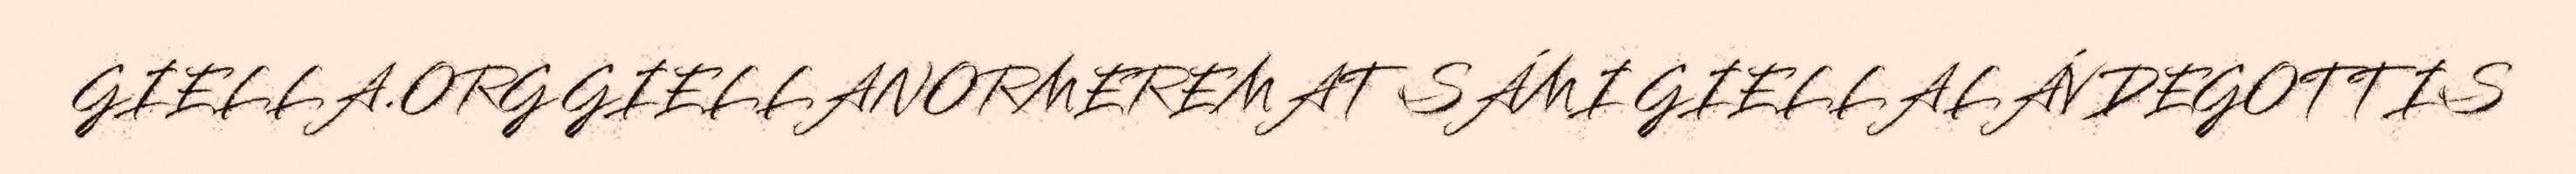
GIELLA.ORG GIELLANORMEREMAT SÁMI GIELLALÁVDEGOTTIS